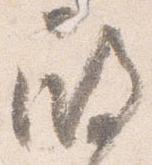
殿